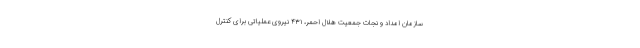
سازمان امداد و نجات جمعیت هلال احمر، ۴۳۱ نیروی عملیاتی برای کنترل